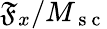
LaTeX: \mathfrak{F}_{x}/M_{\mathrm{{~s~c~}}}